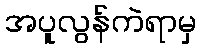
အပူလွန်ကဲရာမှ